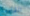
القادمة